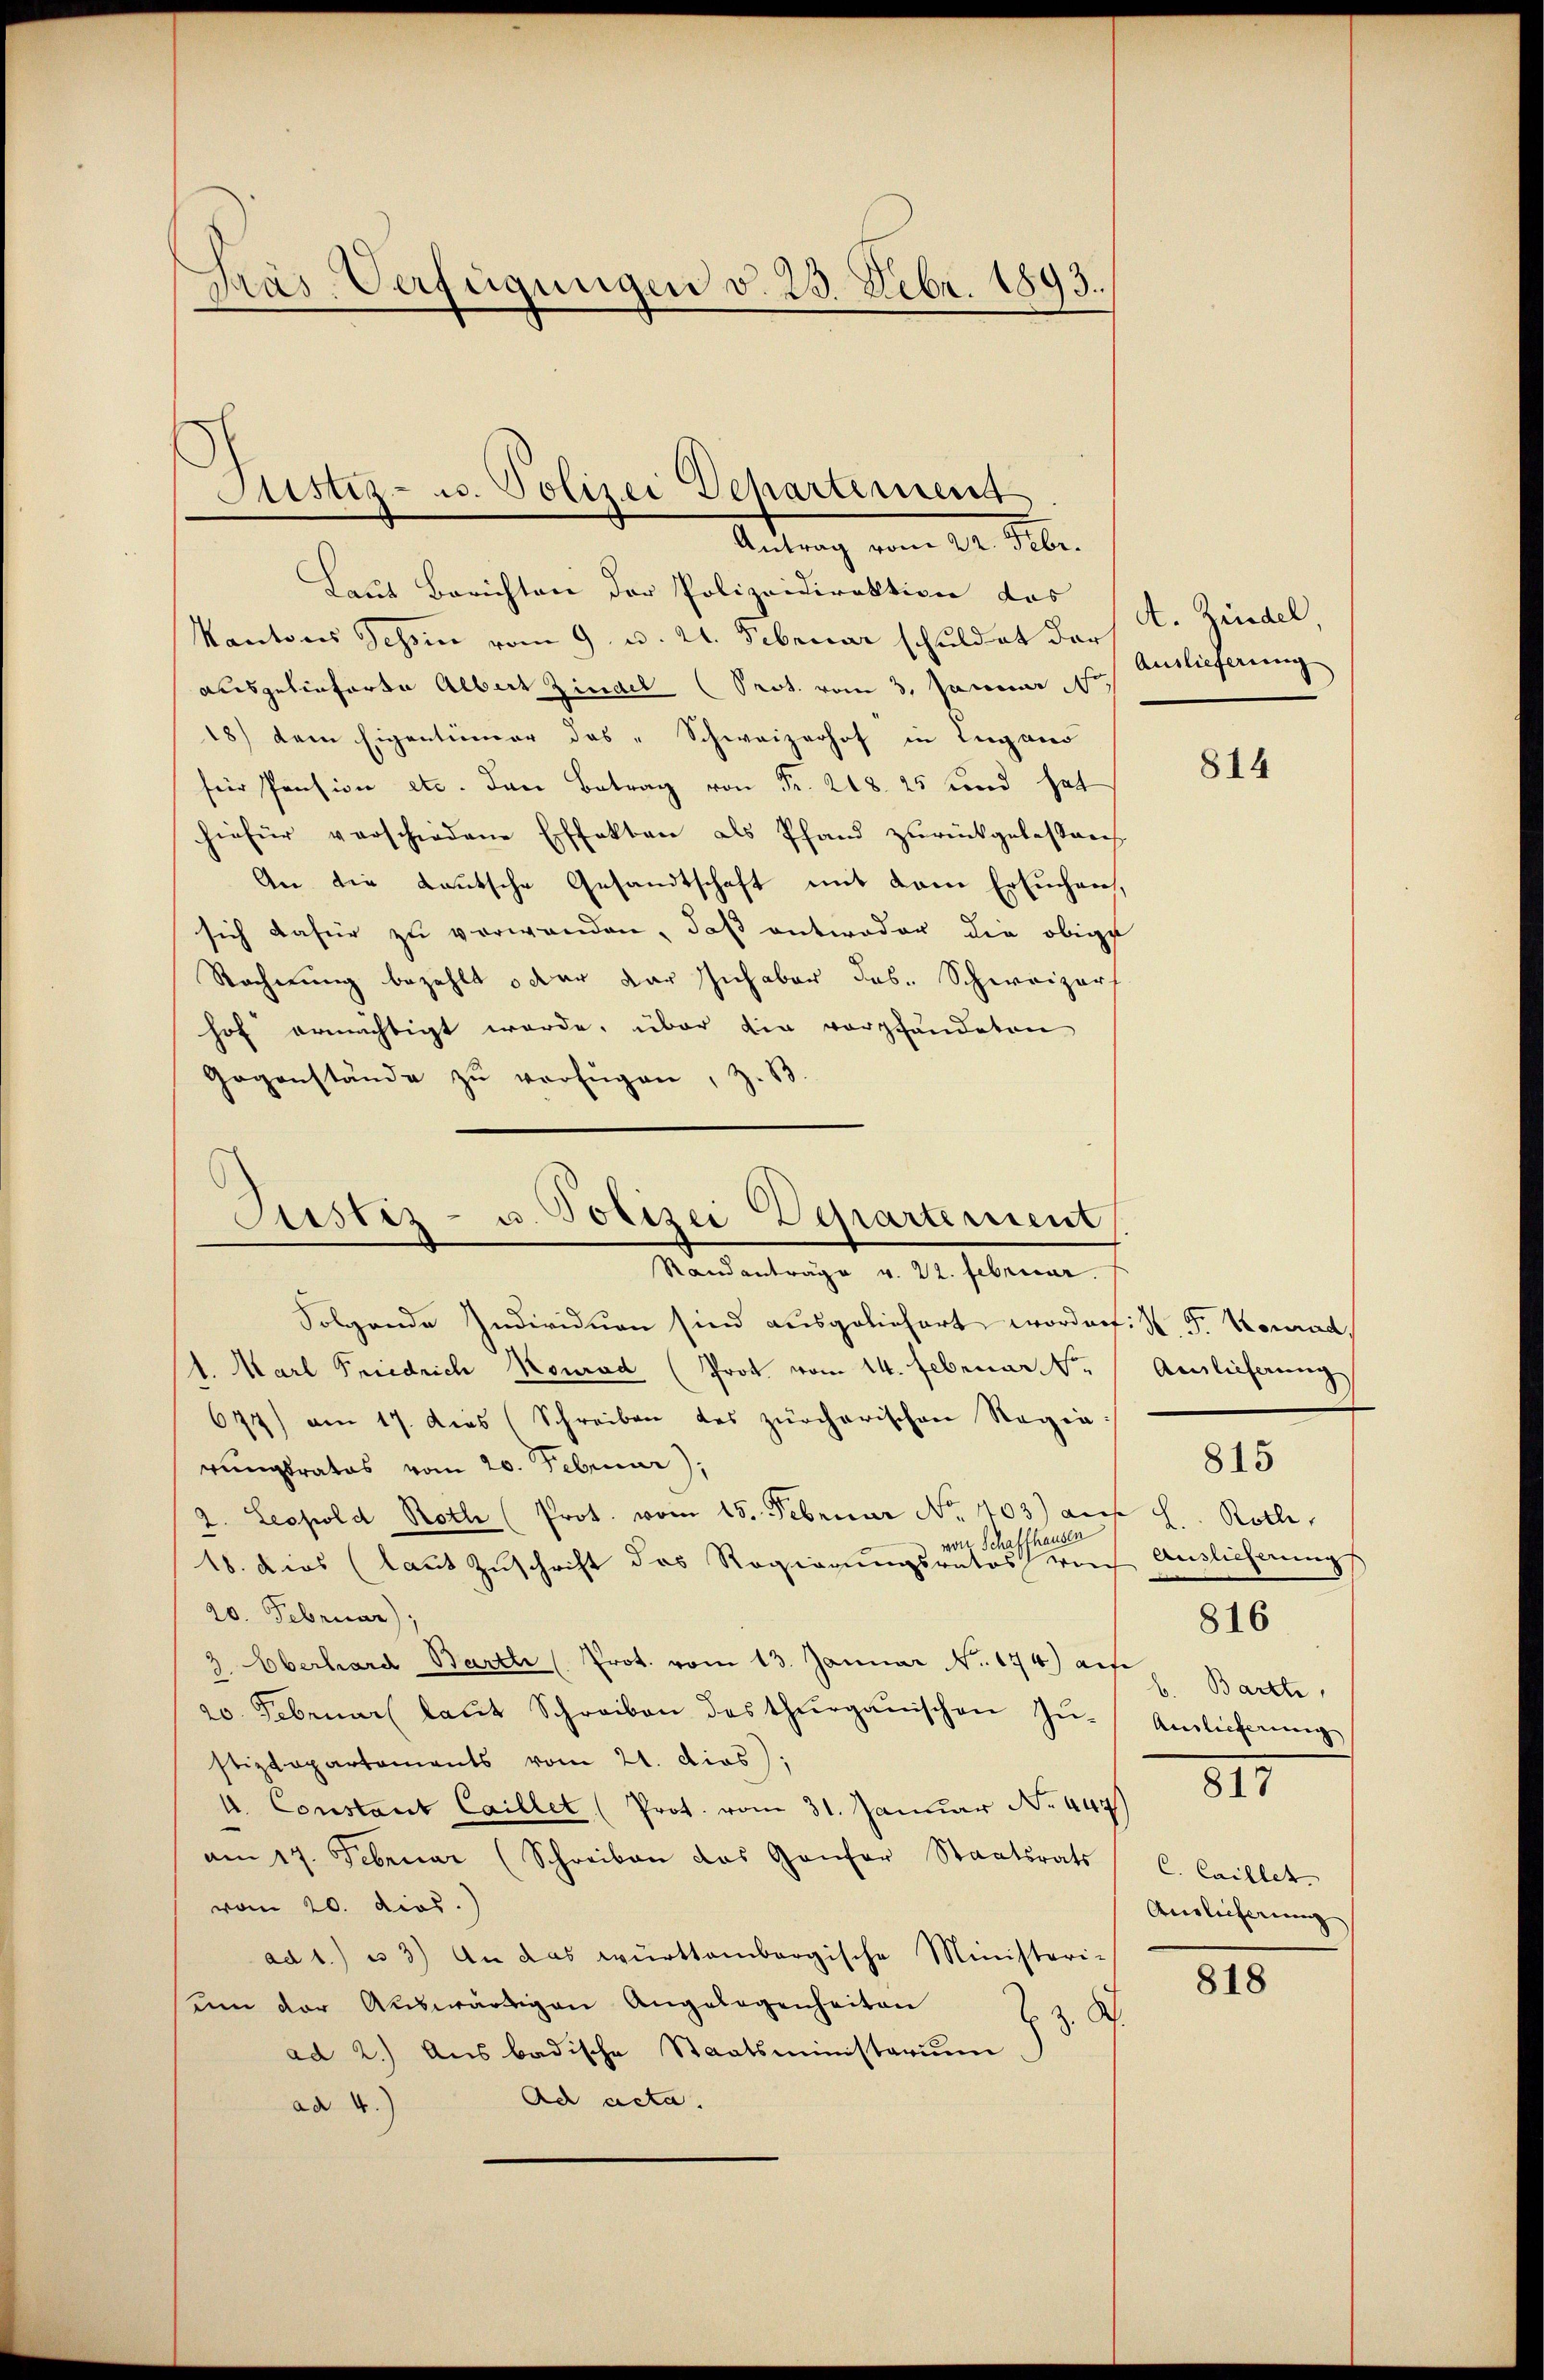
Präs. Verfügungen d. 25. Febr. 1893.

Justiz- u. Polizei Departement
Antrag vom 22. Febr.

Laut Berichten der Polizeidirektion das A. Zindel
Kantons Tessin vom 9. u. 21. Februar schuldet der
ausgelieferte Albert Zindel (Prot. vom 3. Januar 18
18) dem Eigentümer das „Schweizerhof in Lugano
für Pension etc. den Betrag von Fr. 208. 25 und hat
hiefür verschiedene Effekten als Pfand zurückgebessen.
An die Lautsche Gesandtschaft mit dem Ersuchen,
sich dafür zu verwanden, daß entweder die obige
Racherung bezahlt oder der Inhaber des Schweizer
hof ermächtigt werde, über die verpfändeten
Gegenstände zŭ verfügen, z. B

Justiz- u. Polizei Departement
Standanträge v. 22. Februar.

Folgende Individuen sind ausgeliefert worden: K. F. Konrad
1. Marl Friedrich Konrad (Prot. vom 14. Februar 1
677) am 17. dies (Schreiben des zürcherischen Regin
rungsrates vom 20. Februar),
2. Leopold Roth (Prot. vom 15. Februar No. 403) auf 8. Rolle,
Schaffhausen
woll
18. Dies (laut Zuschrift das Regierungsratos von
20. Februar).
3. Oberhard Bartli (Prot. vom 13. Januar No. 174) auf Bartli
20. Februar laŭt Schreiben des thurgauischen Zu-
stizdepartements vom 21. dies);
A. Constant Caillet (Prot. vom 31. Januar No. 447)
am 17. Februar (Schreiben das Ganfer Staatsrats
vom 20. dies.)
ad 1.) u. 3) An das württembergische Ministeri-
um der Auswärtigen Angelegenheiten
z. B.
ad 2.) Aus badische Staatsministerium
Ad acta.
ad 2.)

Auslieferung

814

Annlicherung

815

Auslieferung
Auslieferung
817
C. Caillet
Anlicherung

816

818